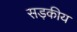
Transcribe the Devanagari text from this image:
सड़कीय